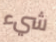
شيء